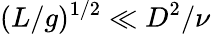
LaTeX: (L/g)^{1/2}\ll D^{2}/\nu